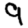
Digit: 9